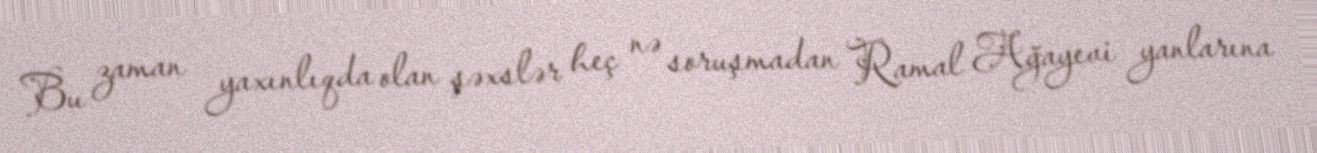
Bu zaman yaxınlıqda olan şəxslər heç nə soruşmadan Ramal Ağayevi yanlarına